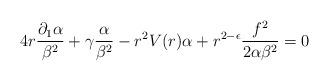
LaTeX: \begin{align*}4r \frac{\partial_1 \alpha}{\beta^2} + \gamma\frac{\alpha}{\beta^2} - r^2 V(r) \alpha + r^{2 - \epsilon} \frac{f^2}{2 \alpha \beta^2} = 0\end{align*}